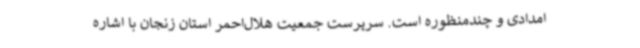
امدادی و چندمنظوره است. سرپرست جمعیت هلال‌احمر استان زنجان با اشاره